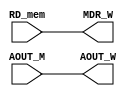
module MEM_WB (RD_mem, AOUT_M, MDR_W, AOUT_W);
    
    input [31:0] RD_mem;
    input [31:0] AOUT_M;

    output reg [31:0] MDR_W;
    output reg [31:0] AOUT_W;


    always @(*) begin
        MDR_W <= RD_mem;
        AOUT_W <= AOUT_M;
    end
endmodule